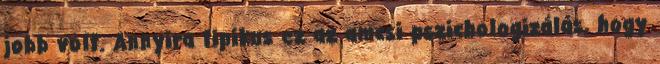
jobb volt. Annyira tipikus ez az amcsi pszichologizálás, hogy